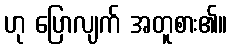
ဟု ပြောလျက် အတူစား၏။